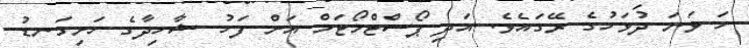
ހަ ވަނަ ދުވަހުގެ ރޭގައެވެ. އަދި ޕޯސްޓްމޯޓަމް އަށް ފަހު ޝާހިދާގެ ހަށިގަނޑު